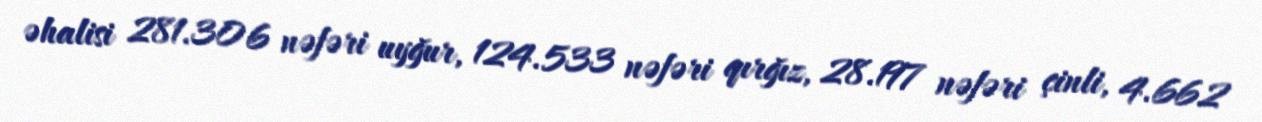
əhalisi 281.306 nəfəri uyğur, 124.533 nəfəri qırğız, 28.197 nəfəri çinli, 4.662